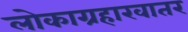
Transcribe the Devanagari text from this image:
लोकाग्रहाखातर